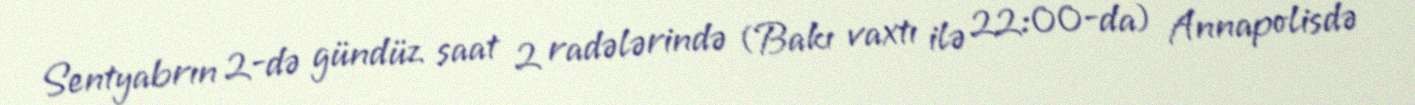
Sentyabrın 2-də gündüz saat 2 radələrində (Bakı vaxtı ilə 22:00-da) Annapolisdə